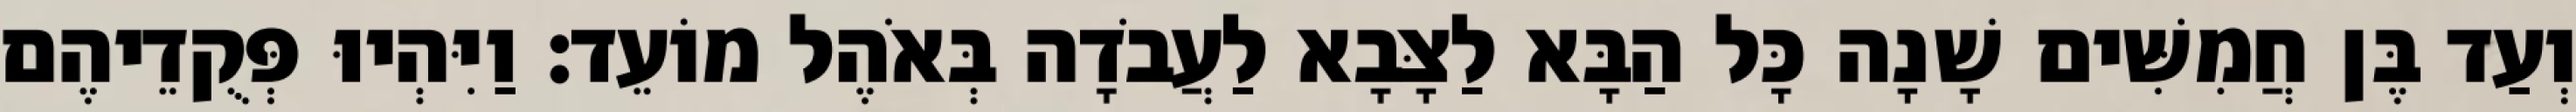
וְעַד בֶּן חֲמִשִּׁים שָׁנָה כָּל הַבָּא לַצָּבָא לַעֲבֹדָה בְּאֹהֶל מוֹעֵד׃ וַיִּהְיוּ פְּקֻדֵיהֶם